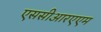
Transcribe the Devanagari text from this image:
एससीआरएएम